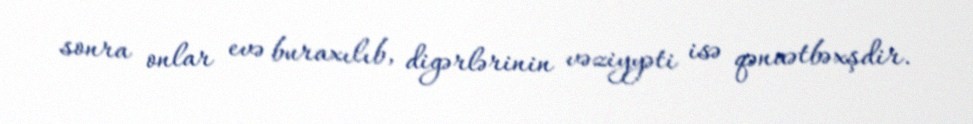
sonra onlar evə buraxılıb, digərlərinin vəziyyəti isə qənaətbəxşdir.